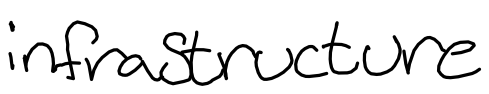
Text: infrastructure
Cross-out: clean
Writing tool: digital_black